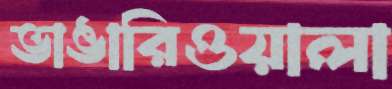
ভাঙারিওয়ালা